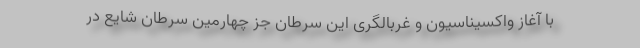
با آغاز واکسیناسیون و غربالگری این سرطان جز چهارمین سرطان شایع در